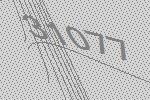
31077